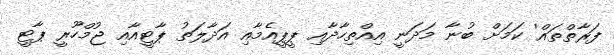
ފަރާތްތައް' ކަމަށް ބުނާ މަދަނީ އިއްތިހާދާއި ޕީޕީއެމާއި އަދާލަތު ޕާޓީއާއި ޖުމްހޫރީ ޕާޓީ